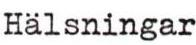
Hälsningar